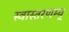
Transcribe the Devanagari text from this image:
स्वास्तरणम्य्